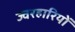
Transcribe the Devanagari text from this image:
ज्वरहारियों